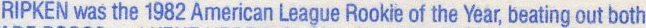
RIPKEN was the 1982 American League Rookie of the Year, beating out both